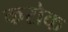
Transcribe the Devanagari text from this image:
करोक